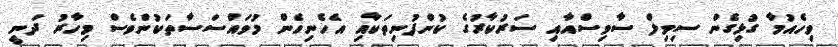
ވިހެއުމާ ގުޅިގެން ސިވިލް ސާވިސްއާއި ސަރުކާރުގެ ކުންފުނިތަކާއި އެހެނިހެން މުވައްސަސާތަކުންވެސް މިހާރު ދަނީ